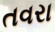
તવરા